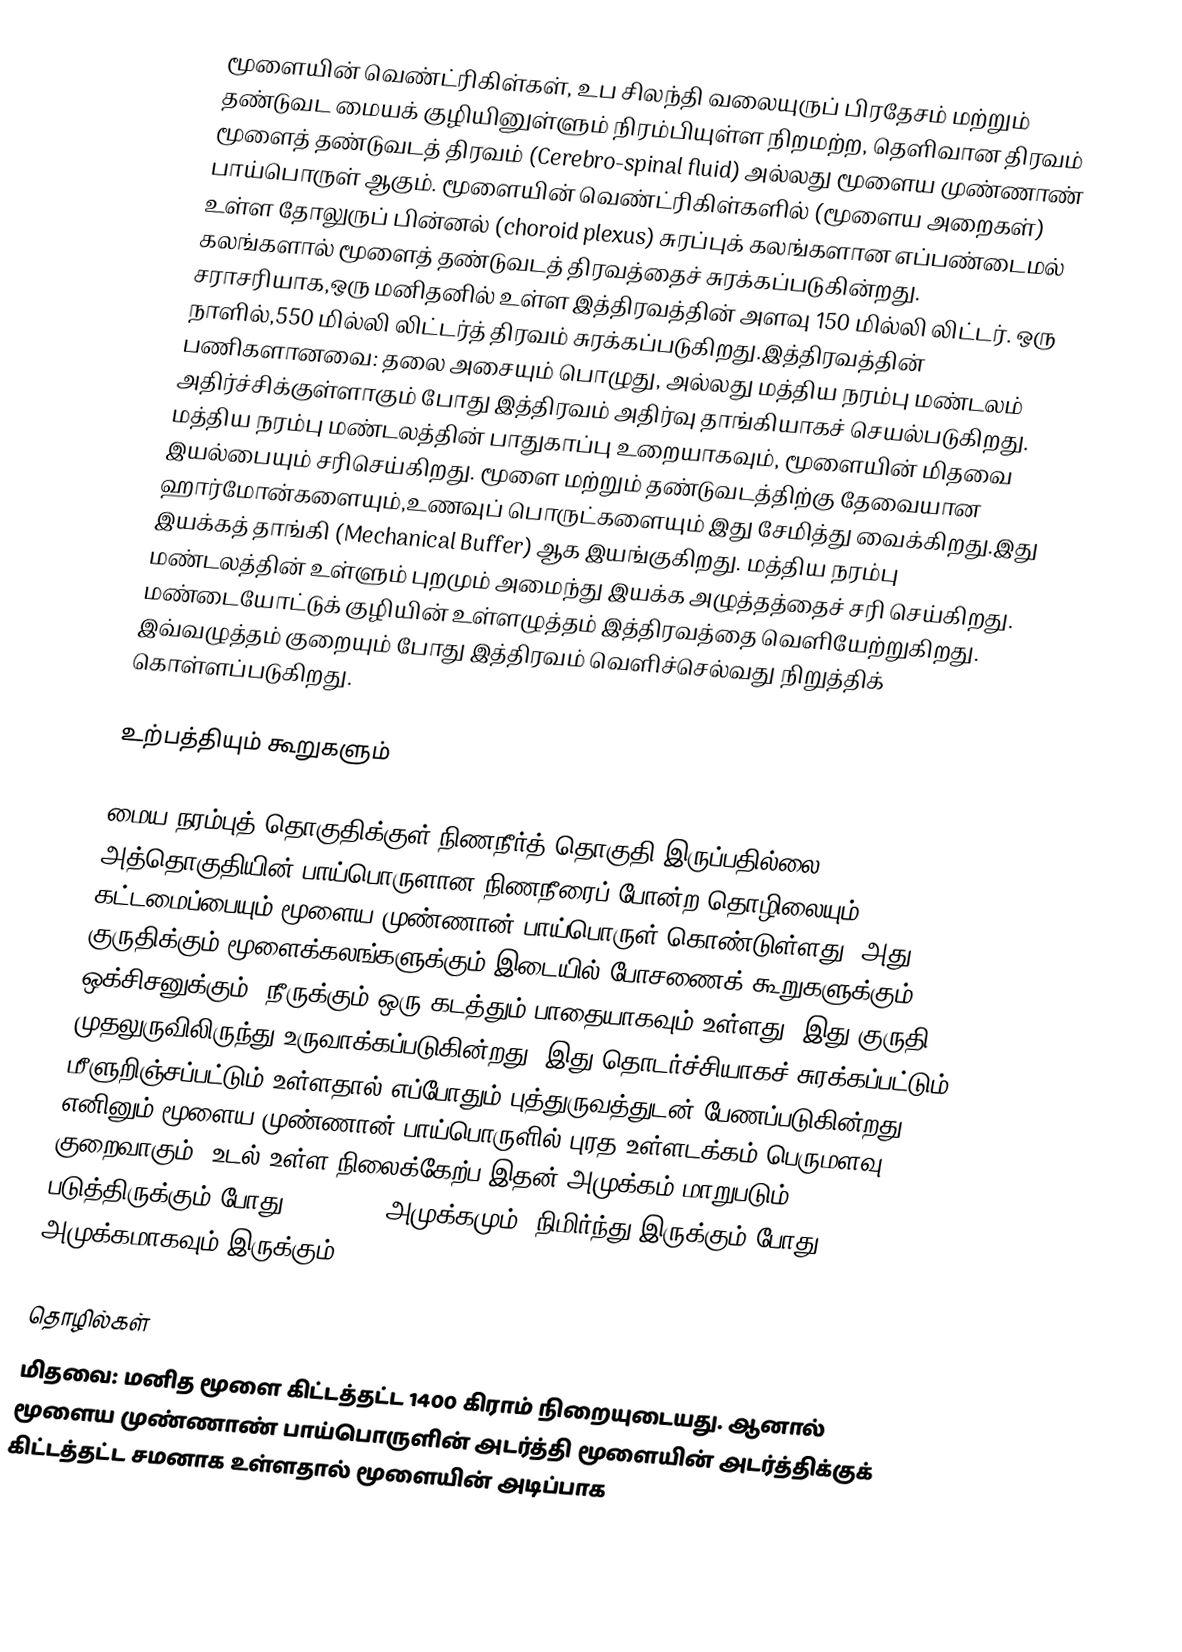
மூளையின் வெண்ட்ரிகிள்கள், உப சிலந்தி வலையுருப் பிரதேசம் மற்றும் தண்டுவட மையக் குழியினுள்ளும் நிரம்பியுள்ள நிறமற்ற, தெளிவான திரவம் மூளைத் தண்டுவடத் திரவம் (Cerebro-spinal fluid) அல்லது மூளைய முண்ணாண் பாய்பொருள் ஆகும். மூளையின் வெண்ட்ரிகிள்களில் (மூளைய அறைகள்) உள்ள தோலுருப் பின்னல் (choroid plexus) சுரப்புக் கலங்களான எப்பண்டைமல் கலங்களால் மூளைத் தண்டுவடத் திரவத்தைச் சுரக்கப்படுகின்றது. சராசரியாக,ஒரு மனிதனில் உள்ள இத்திரவத்தின் அளவு 150 மில்லி லிட்டர். ஒரு நாளில்,550 மில்லி லிட்டர்த் திரவம் சுரக்கப்படுகிறது.இத்திரவத்தின் பணிகளானவை: தலை அசையும் பொழுது, அல்லது மத்திய நரம்பு மண்டலம் அதிர்ச்சிக்குள்ளாகும் போது இத்திரவம் அதிர்வு தாங்கியாகச் செயல்படுகிறது. மத்திய நரம்பு மண்டலத்தின் பாதுகாப்பு உறையாகவும், மூளையின் மிதவை இயல்பையும் சரிசெய்கிறது. மூளை மற்றும் தண்டுவடத்திற்கு தேவையான ஹார்மோன்களையும்,உணவுப் பொருட்களையும் இது சேமித்து வைக்கிறது.இது இயக்கத் தாங்கி (Mechanical Buffer) ஆக இயங்குகிறது. மத்திய நரம்பு மண்டலத்தின் உள்ளும் புறமும் அமைந்து இயக்க அழுத்தத்தைச் சரி செய்கிறது. மண்டையோட்டுக் குழியின் உள்ளழுத்தம் இத்திரவத்தை வெளியேற்றுகிறது. இவ்வழுத்தம் குறையும் போது இத்திரவம் வெளிச்செல்வது நிறுத்திக் கொள்ளப்படுகிறது.

உற்பத்தியும் கூறுகளும்

மைய நரம்புத் தொகுதிக்குள் நிணநீர்த் தொகுதி இருப்பதில்லை. அத்தொகுதியின் பாய்பொருளான நிணநீரைப் போன்ற தொழிலையும் கட்டமைப்பையும் மூளைய முண்ணான் பாய்பொருள் கொண்டுள்ளது. அது குருதிக்கும் மூளைக்கலங்களுக்கும் இடையில் போசணைக் கூறுகளுக்கும், ஒக்சிசனுக்கும், நீருக்கும் ஒரு  கடத்தும் பாதையாகவும் உள்ளது. இது குருதி முதலுருவிலிருந்து உருவாக்கப்படுகின்றது. இது தொடர்ச்சியாகச் சுரக்கப்பட்டும் மீளுறிஞ்சப்பட்டும் உள்ளதால் எப்போதும் புத்துருவத்துடன் பேணப்படுகின்றது. எனினும் மூளைய முண்ணான் பாய்பொருளில் புரத உள்ளடக்கம் பெருமளவு குறைவாகும். உடல் உள்ள நிலைக்கேற்ப இதன் அமுக்கம் மாறுபடும். படுத்திருக்கும் போது 8-15 mmHg அமுக்கமும், நிமிர்ந்து இருக்கும் போது 16-24 mmHg அமுக்கமாகவும் இருக்கும்.

தொழில்கள்
மிதவை: மனித மூளை கிட்டத்தட்ட 1400 கிராம் நிறையுடையது. ஆனால் மூளைய முண்ணாண் பாய்பொருளின் அடர்த்தி மூளையின் அடர்த்திக்குக் கிட்டத்தட்ட சமனாக உள்ளதால் மூளையின் அடிப்பாக